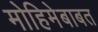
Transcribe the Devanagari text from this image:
मोहिमेबाबत